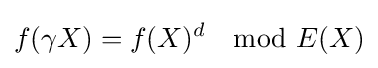
f(\gamma X)=f(X)^{d}\mod E(X)